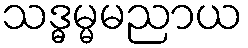
သဒ္ဓမ္မမညာယ